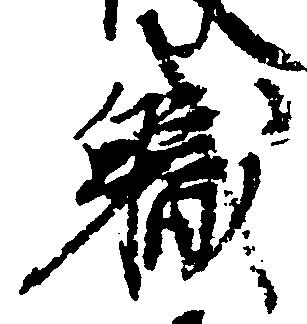
職